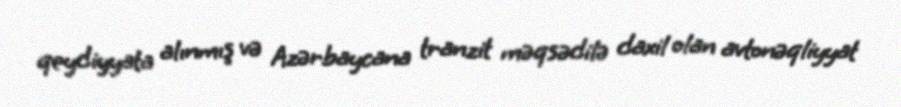
qeydiyyata alınmış və Azərbaycana tranzit məqsədilə daxil olan avtonəqliyyat